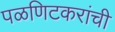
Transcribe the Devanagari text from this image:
पळणिटकरांची